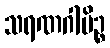
သရဏဂါမိဉ္စ